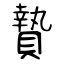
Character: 贄